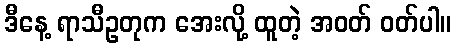
ဒီနေ့ ရာသီဥတုက အေးလို့ ထူတဲ့ အဝတ် ဝတ်ပါ။